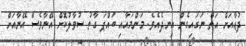
ދުޢާއަށް އަތް ނަގައިގެން އިނދެއެވެ. މަންމައާއި ބައްޕަ ގާތު ސުވާލުކޮށް އޭނާވެސް އޭނާއަށް